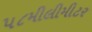
૫૮મીલીમીટર